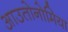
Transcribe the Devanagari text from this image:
आउतोनोमिया